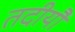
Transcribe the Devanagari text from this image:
तदीयौ